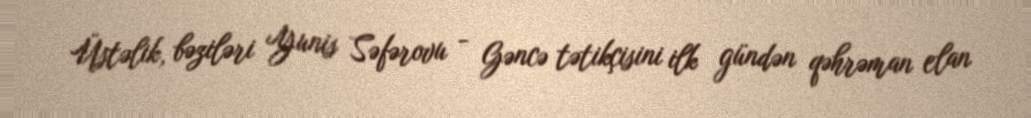
Üstəlik, bəziləri Yunis Səfərovu - Gəncə tətikçisini ilk gündən qəhrəman elan